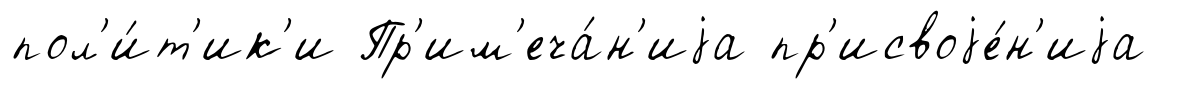
пол'и́т'ик'и Пр'им'еча́н'иjа пр'исвоjе́н'иjа